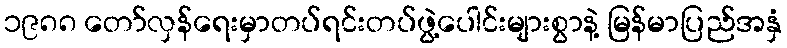
၁၉၈၈ တော်လှန်ရေးမှာတပ်ရင်းတပ်ဖွဲ့ပေါင်းများစွာနဲ့ မြန်မာပြည်အနှံ